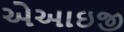
એઆઇજી